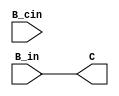
module mux_2x1_B_input #(
    parameter WIDTH = 4,
    parameter SELECT = "DIRECT"  //DIRECT OR CASCADE
) (
    input [WIDTH - 1: 0] B_in,B_cin,
    
    output [WIDTH - 1: 0]C
);
    // assign C = (SELECT == 1)? reg_out: no_reg_out;
    assign C = (SELECT == "DIRECT") ? B_in : ((SELECT == "CASCADE") ? B_cin : 0);
endmodule